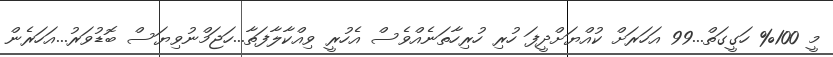
މީ 100% ހަގީގަތް...99 އަހަރަށް ކުއްޔަށްދީފަ ހުރި ހުރިހާތަނެއްވެސް އެހުރީ ވިއްކާލާފަތާ...ހަޖަމްނުވިޔަސް ބޮޑުވަރު...އަހަރެން